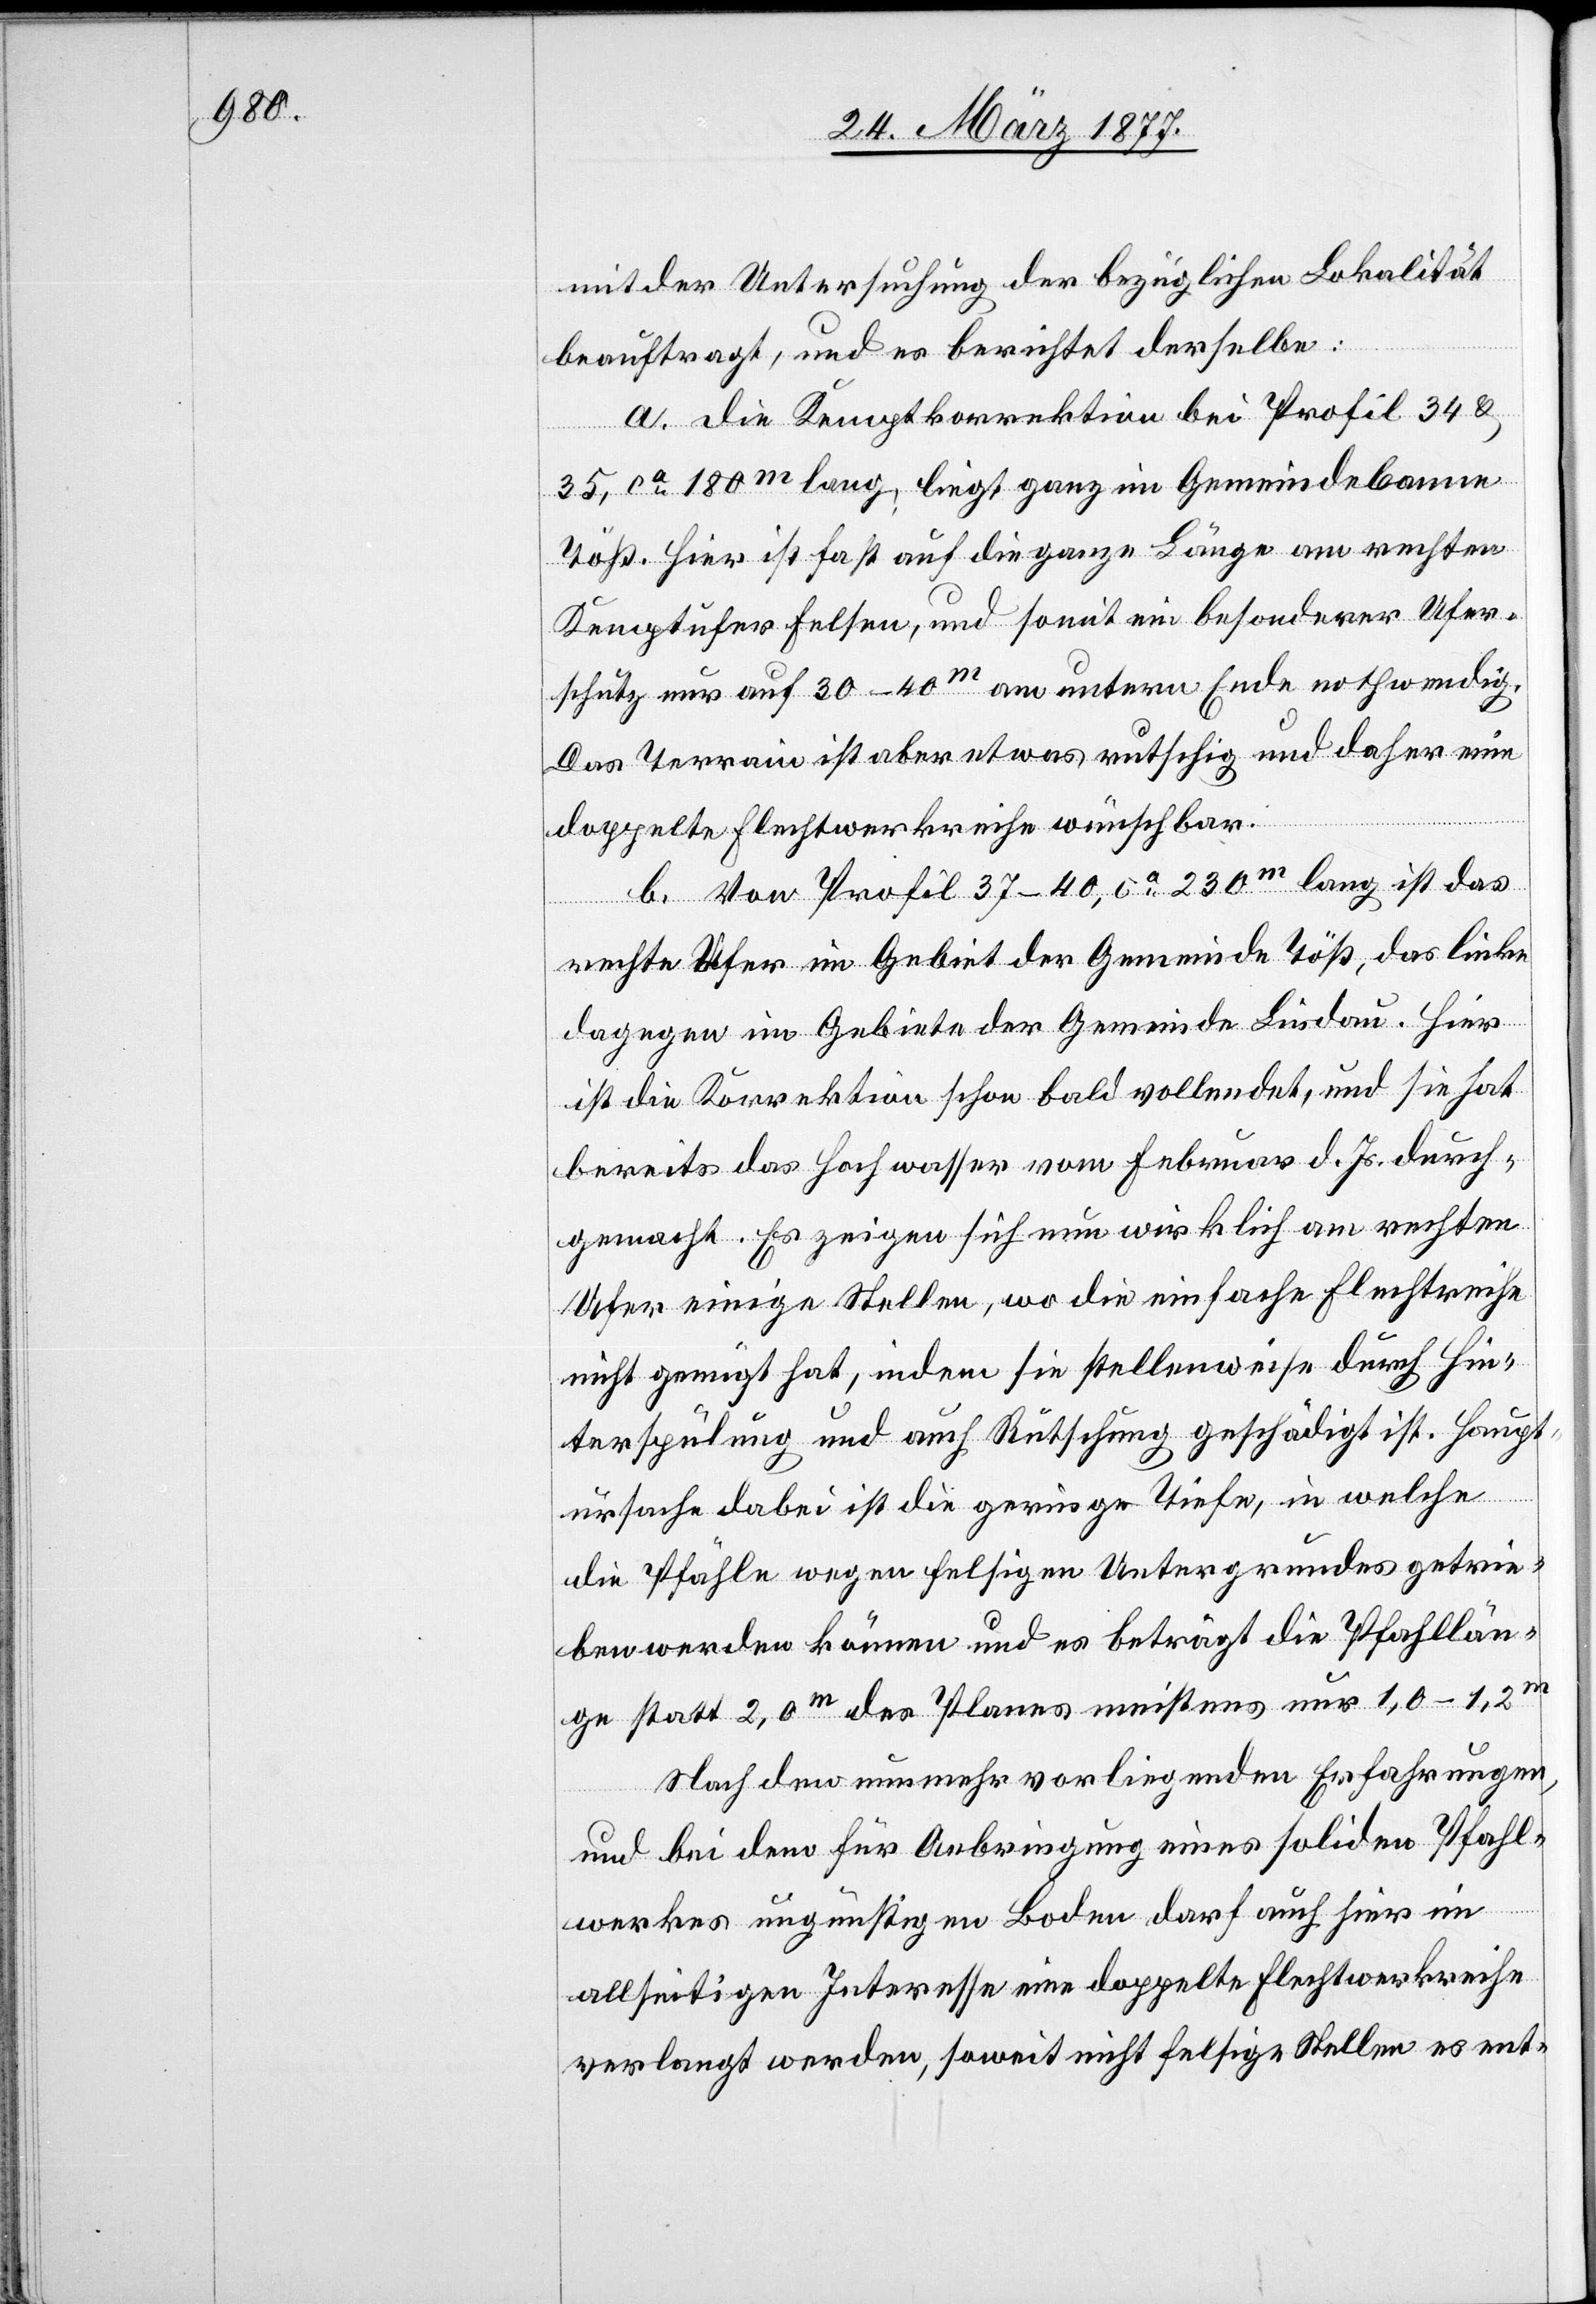
mit der Untersuchung der bezüglichen Lokalität
beauftragt, und es berichtet derselbe:
a. Die Kemptkorrektion bei Profil 34 &
35, ca 180m lang, liegt ganz im Gemeindebanne
Töß. Hier ist fast auf die ganze Länge am rechten
Kemptufer Felsen, und somit ein besonderer Ufer¬
schutz nur auf 30–40m am untern Ende nothwendig.
Das Terrain ist aber etwas rutschig und daher eine
doppelte Flechtwerkreihe wünschbar.
b. Von Profil 37–40, ca 230m lang ist das
rechte Ufer im Gebiet der Gemeinde Töß, das linke
dagegen im Gebiete der Gemeinde Lindau. Hier
ist die Korrektion schon bald vollendet, und sie hat
bereits das Hochwasser vom Februar d. Js. durch¬
gemacht. Es zeigen sich nun wirklich am rechten
Ufer einige Stellen, wo die einfache Flechtreihe
nicht genügt hat, indem sie stellenweise durch Hin¬
terspülung und auch Rutschung geschädigt ist. Haupt¬
ursache dabei ist die geringe Tiefe, in welche
die Pfähle wegen felsigen Untergrundes getrie¬
ben werden können und es beträgt die Pfahllän¬
ge statt 2,0m des Planes meistens nur 1,0–1,2m.
Nach den nunmehr vorliegenden Erfahrungen,
und bei dem für Anbringung eines soliden Pfahl¬
werkes ungünstigen Boden darf auch hier im
allseitigen Interesse eine doppelte Flechtwerkreihe
verlangt werden, soweit nicht felsige Stellen es ent-